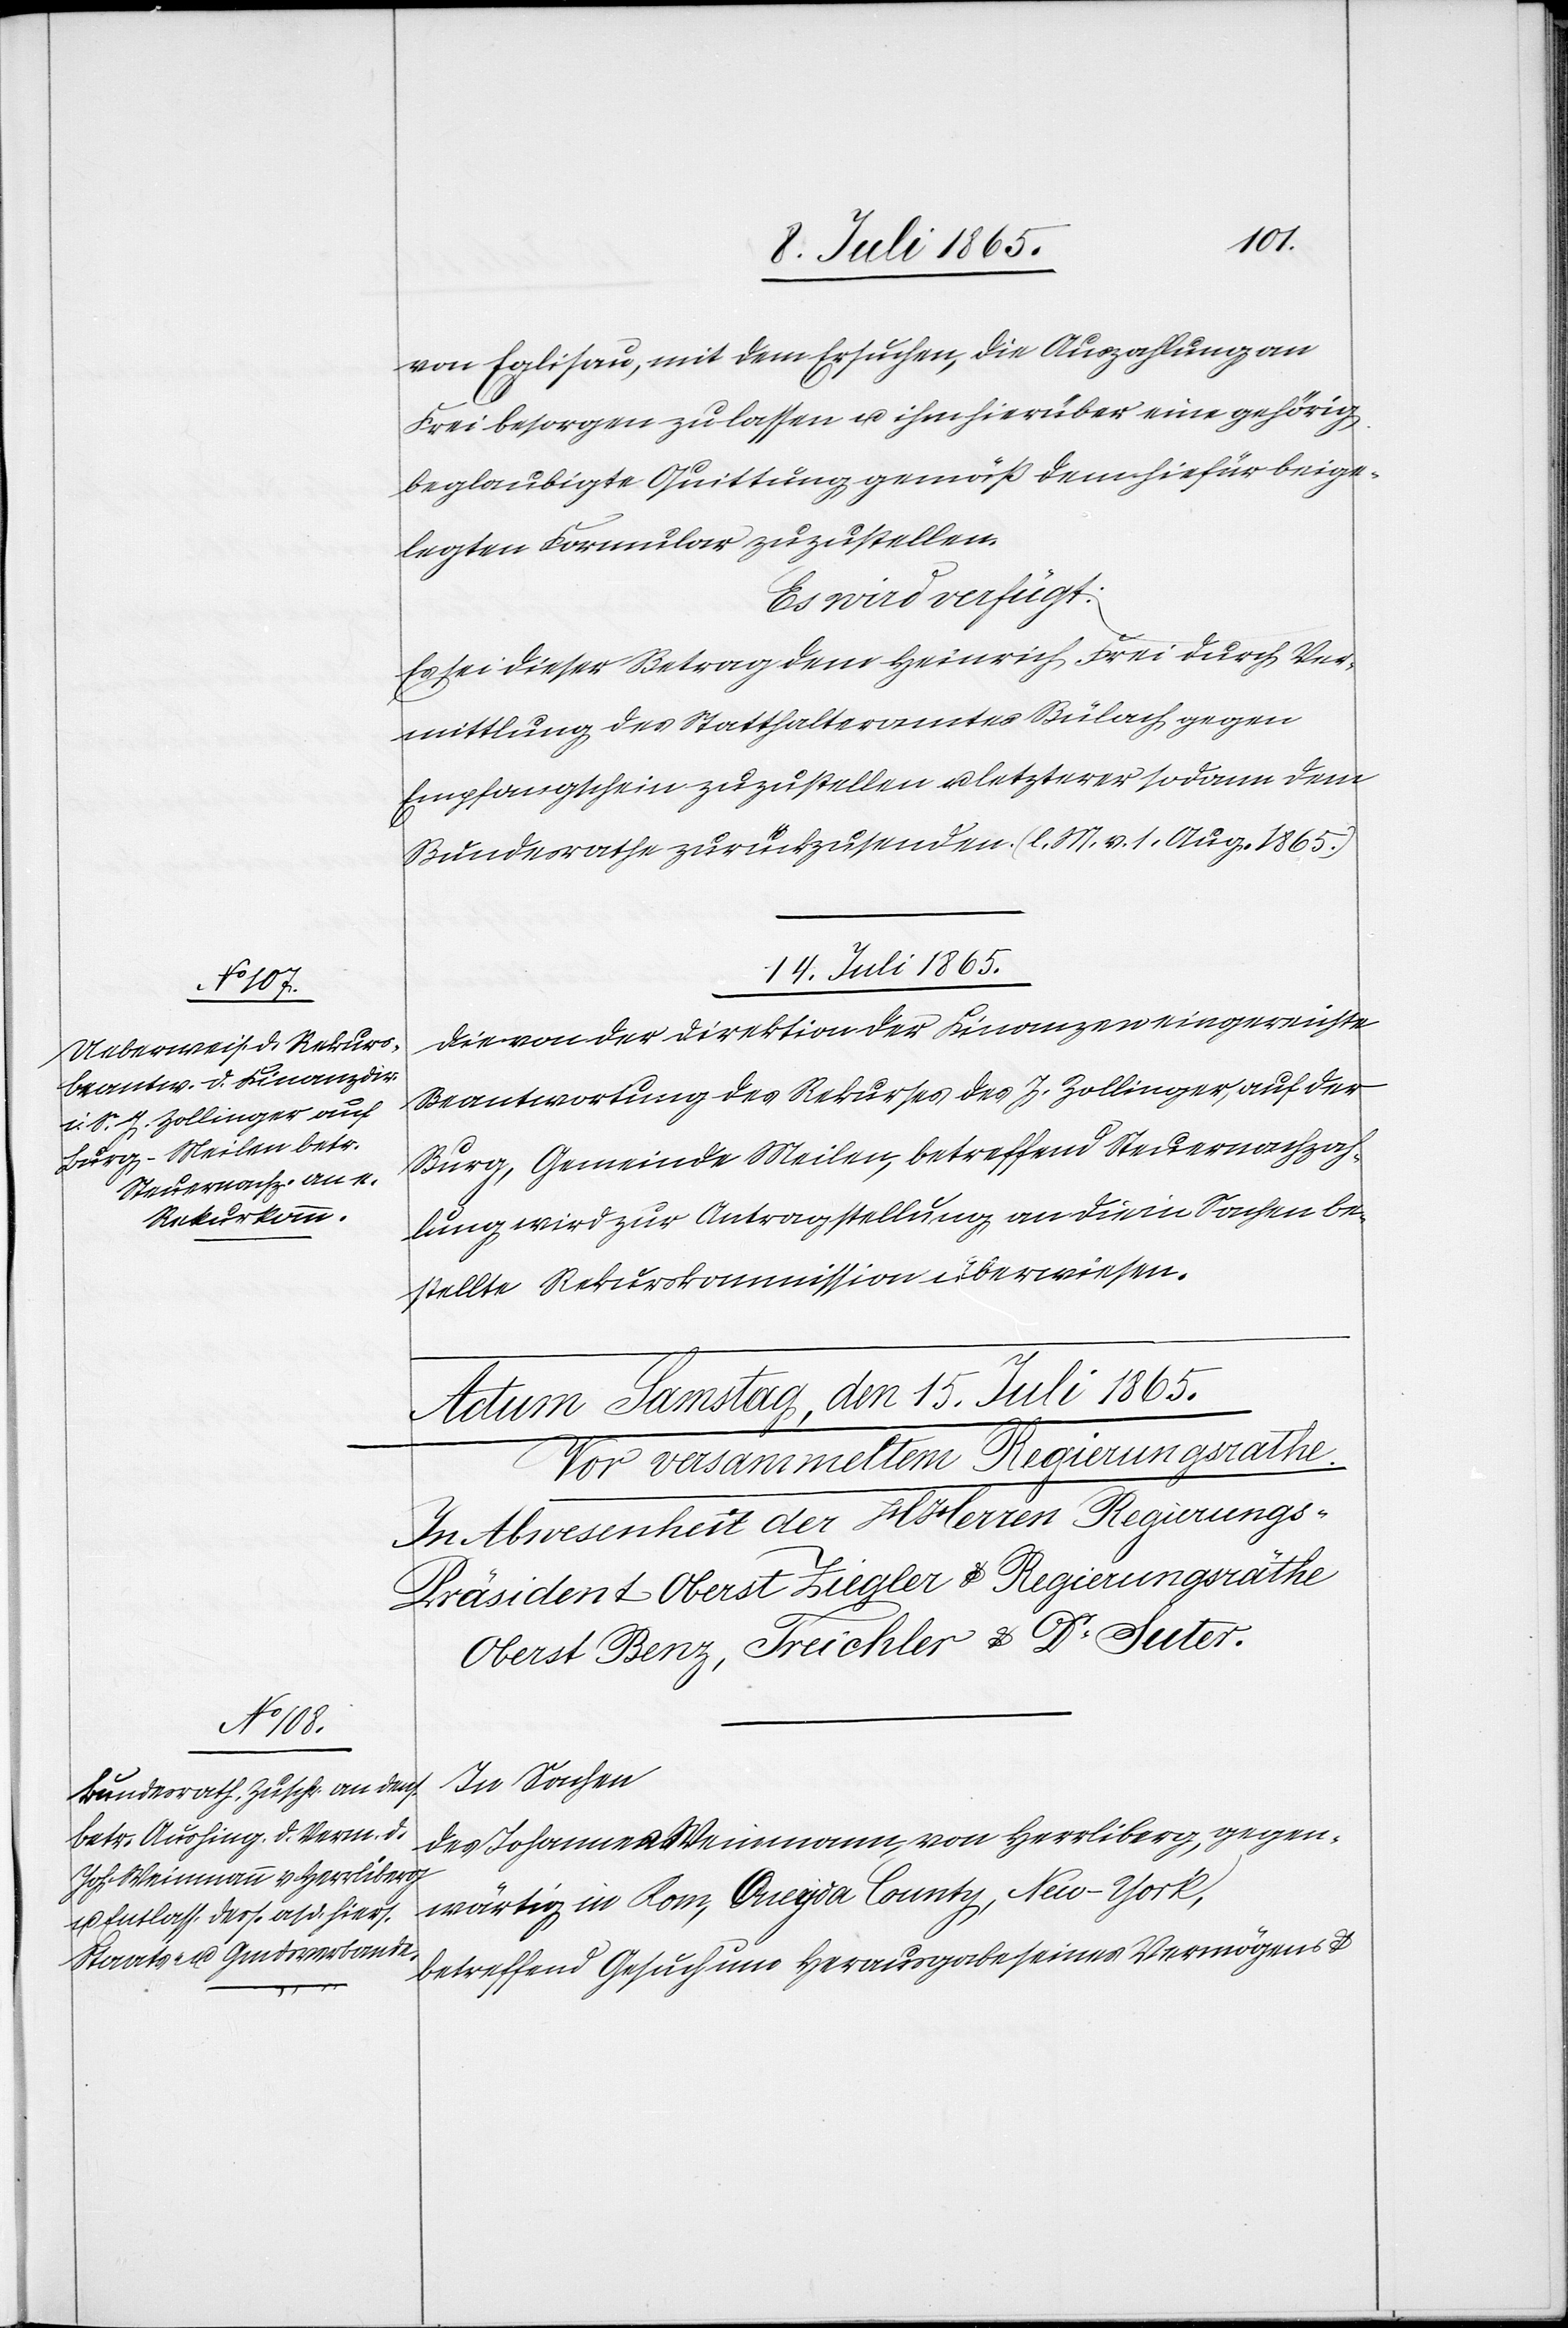
von Eglisau, mit dem Ersuchen, die Auszahlung an
Frei besorgen zu lassen u. ihm hierüber eine gehörig
beglaubigte Quittung gemäß dem hiefür beige¬
legten Formular zuzustellen.
Es wird verfügt:
Es sei dieser Betrag dem Heinrich Frei durch Ver¬
mittlung des Statthalteramtes Bülach gegen
Empfangschein zuzustellen u. letzterer sodann dem
Bundesrathe zurückzusenden. (l. M. v. 1. Aug. 1865.)
14. Juli 1865.
Die von der Direktion der Finanzen eingereichte
Beantwortung des Rekurses des J. Zollinger, auf der
Burg, Gemeinde Meilen, betreffend Steuernachzah¬
lung wird zur Antragstellung an die in Sachen be¬
stellte Rekurskommission überwiesen.
In Sachen
des Johannes Weinmann von Herrliberg, gegen¬
wärtig in Rom, Oneyda County, New-York,
betreffend Gesuch um Herausgabe seines Vermögens &